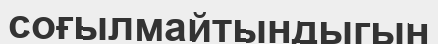
соғылмайтындыгын